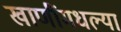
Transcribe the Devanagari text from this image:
खाणींमधल्या